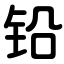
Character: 铅